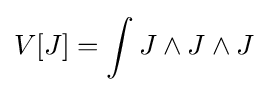
V[J]=\int J\wedge J\wedge J